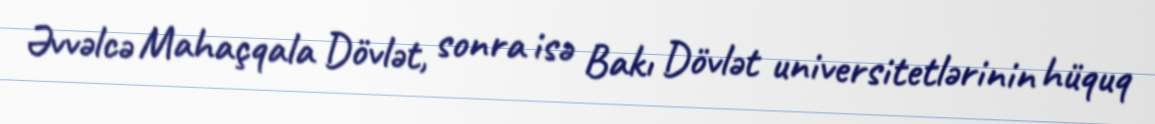
Əvvəlcə Mahaçqala Dövlət, sonra isə Bakı Dövlət universitetlərinin hüquq